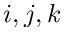
i , j , k